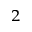
^ { 2 }